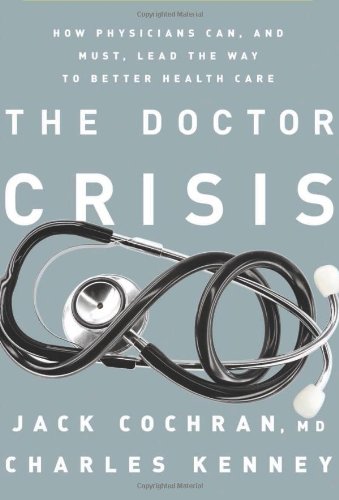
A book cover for The Doctor Crisis: How Physicians Can, and Must, Lead the Way to Better Health Care; Jack Cochran MD; Medical Books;